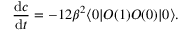
{ \frac { \mathrm { d } c } { \mathrm { d } t } } = - 1 2 \beta ^ { 2 } \langle 0 | O ( 1 ) O ( 0 ) | 0 \rangle .